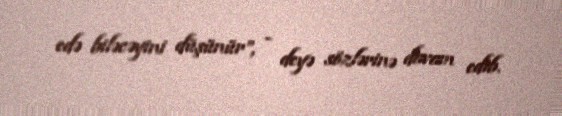
edə biləcəyini düşünür”, - deyə sözlərinə davam edib.